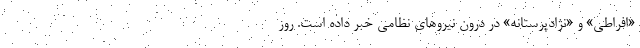
«افراطی» و «نژادپرستانه» در درون نیروهای نظامی خبر داده است. روز